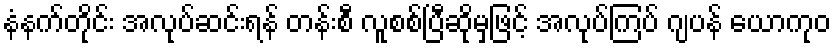
နံနက်တိုင်း အလုပ်ဆင်းရန် တန်းစီ လူစစ်ပြီဆိုမှဖြင့် အလုပ်ကြပ် ဂျပန် ယောကုဝ